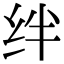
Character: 绊